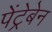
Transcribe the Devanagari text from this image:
पेंट्रेबेन